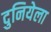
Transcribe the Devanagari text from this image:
दुनियेला